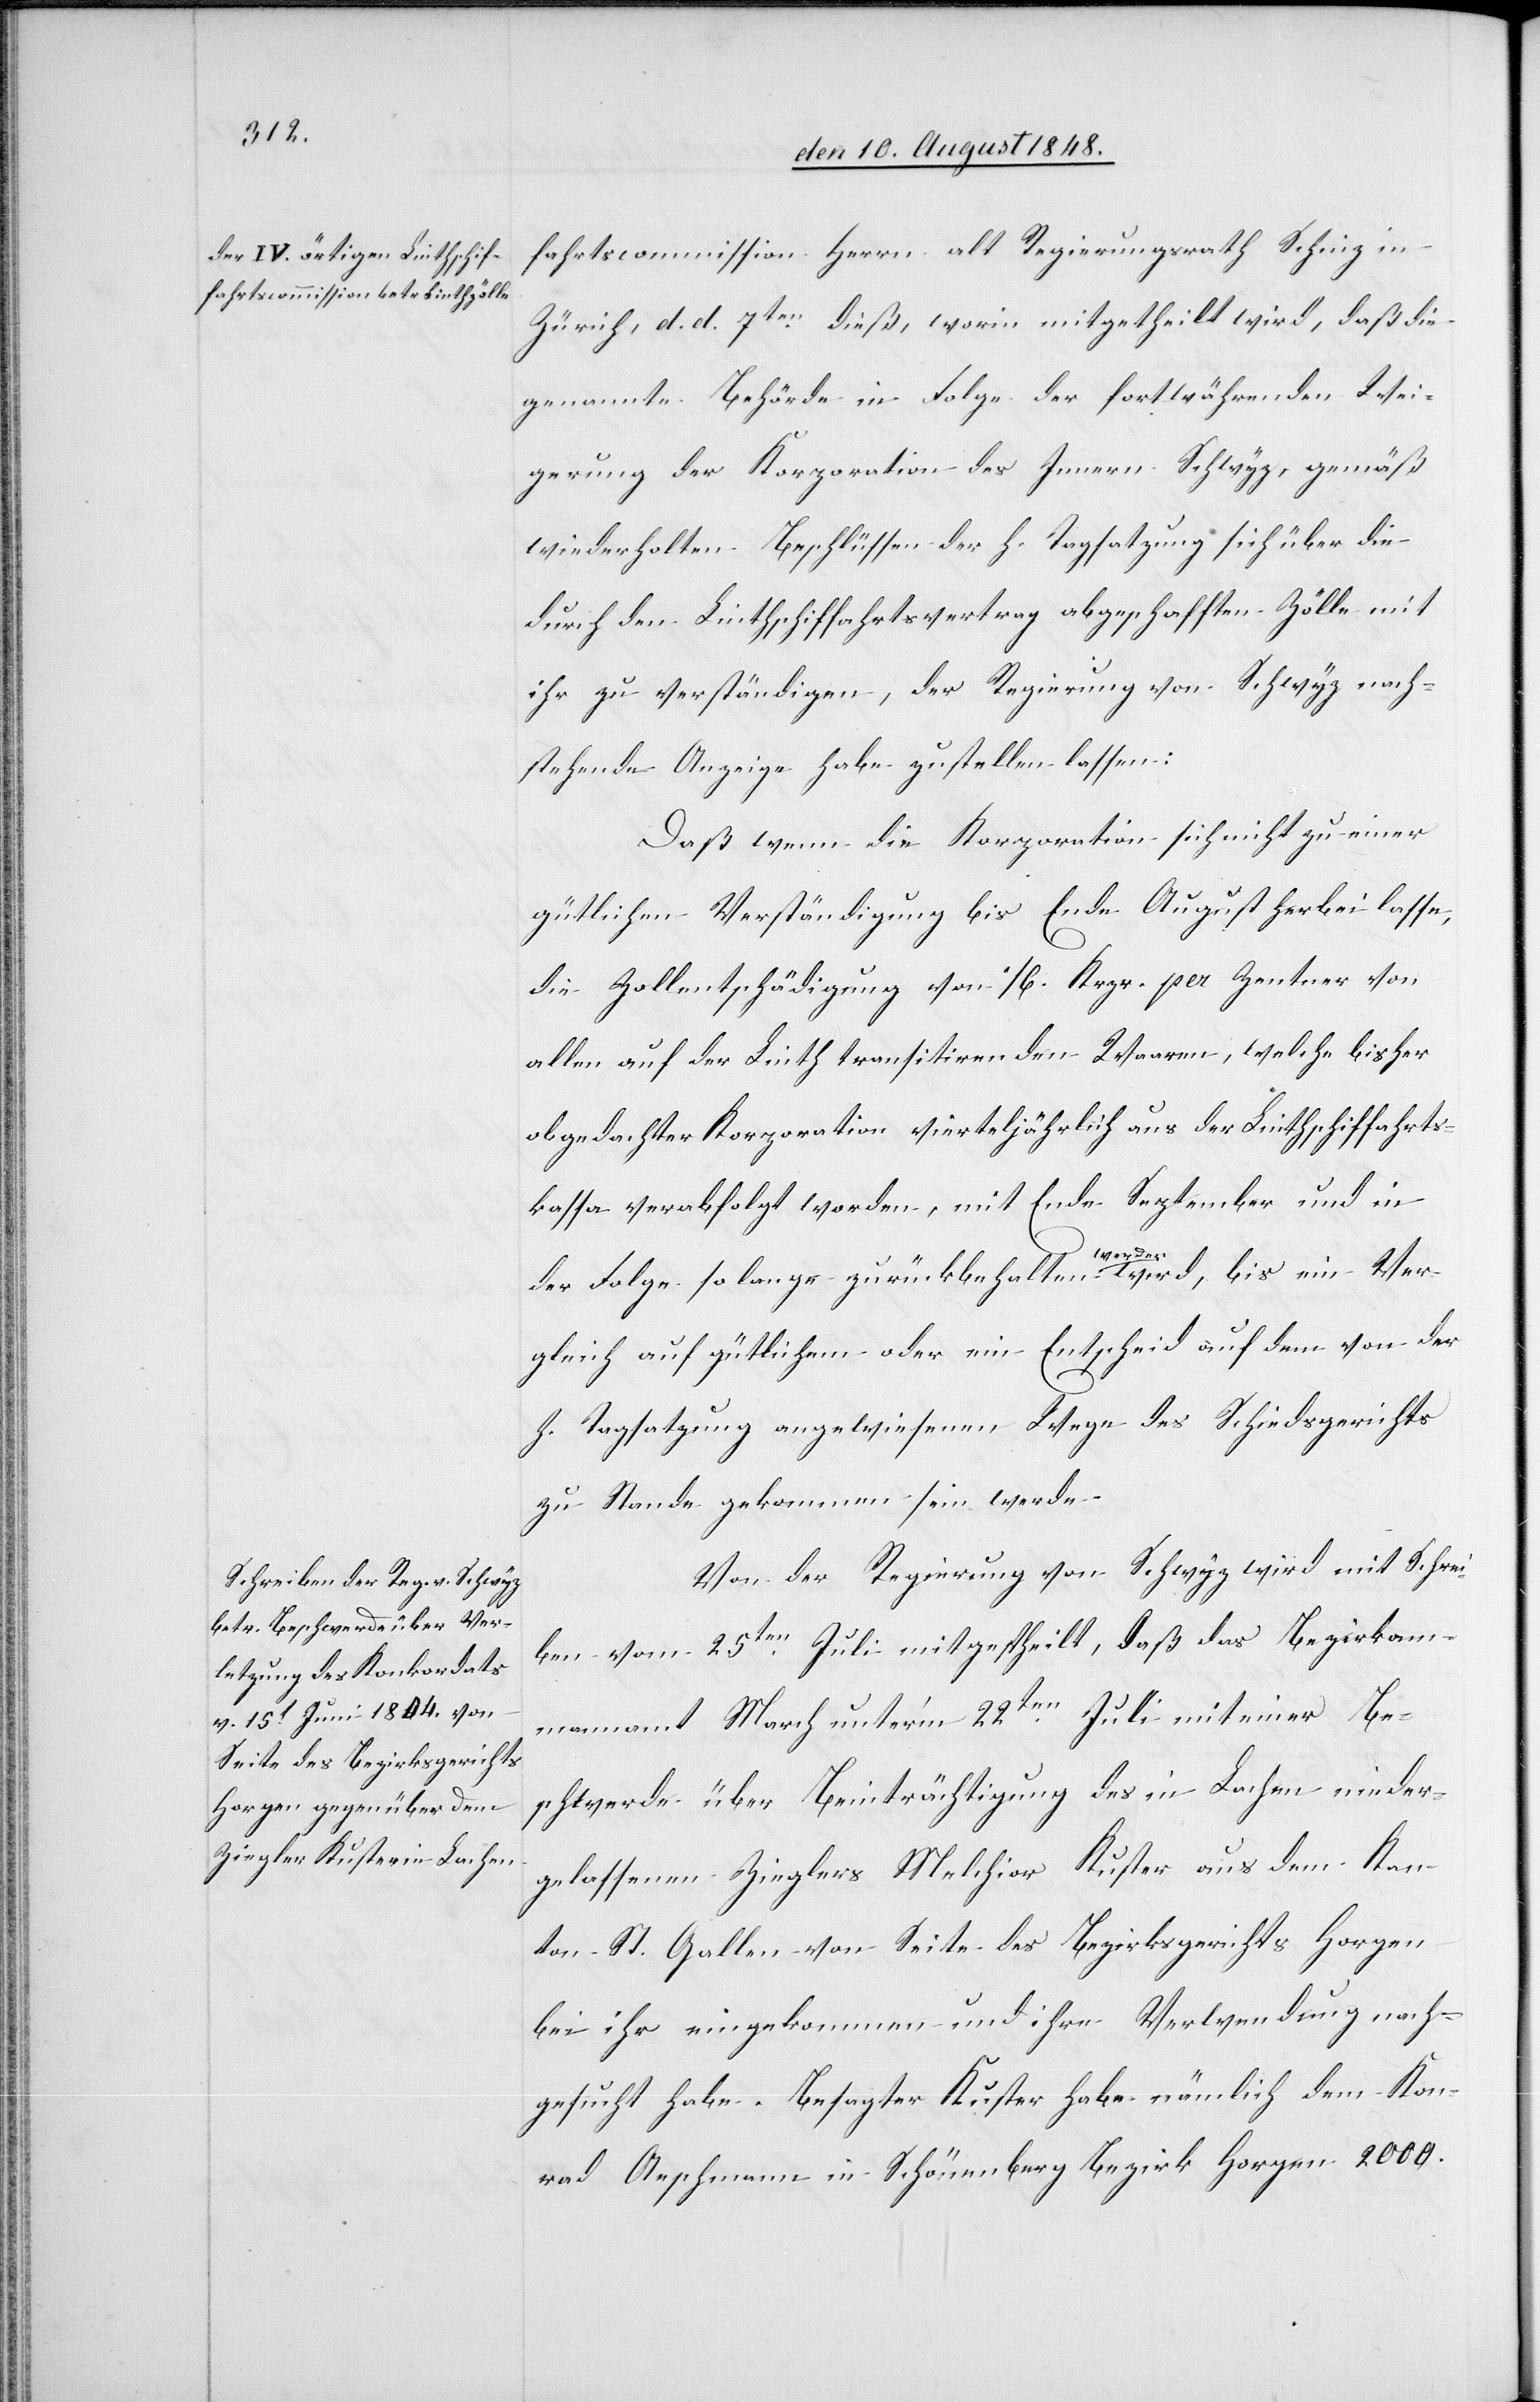
fahrtscommission Herrn alt Regierungsrath Schinz in
Zürich, d. d. 7ten dieß, worin mitgetheilt wird, daß die
genannte Behörde in Folge der fortwährenden Wei¬
gerung der Korporation des Innern Schwyz, gemäß
wiederholten Beschlüssen der h. Tagsatzung sich über die
durch den Linthschiffahrtsvertrag abgeschafften Zölle mit
ihr zu verständigen, der Regierung von Schwyz nach¬
stehende Anzeige habe zustellen lassen:
Daß wenn die Korporation sich nicht zu einer
gütlichen Verständigung bis Ende August herbei lasse,
die Zollentschädigung von 16. Krzr. per Zentner von
allen auf der Linth trasitirenden Waaren, welche bisher
obgedachter Korporation vierteljährlich aus der Linthschiffahrts¬
kassa verabfolgt worden, mit Ende September und in
der Folge so lange zurückbehalten werden wird, bis ein Ver¬
gleich auf gütlichem oder ein Entscheid auf dem von der
h. Tagsatzung angewiesenen Wege des Schiedsgerichts
zu Stande gekommen sein werde.
Von der Regierung von Schwyz wird mit Schrei¬
ben vom 25ten Juli mitgestheilt [sic!], daß das Bezirksam¬
mannamt March unter’m 22ten Juli mit einer Be¬
schwerde über Be[e]inträchtigung des in Lachen nieder¬
gelassenen Zieglers Melchior Kuster aus dem Kan¬
ton St. Gallen von Seite des Bezirksgerichts Horgen
bei ihr eingekommen und ihre Verwendung nach¬
gesucht habe. Besagter Kuster habe nämlich dem Kon¬
rad Aeschmann in Schönenberg Bezirk Horgen 2000.